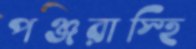
পঞ্জরাস্হি